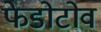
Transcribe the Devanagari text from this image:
फेडोटोव